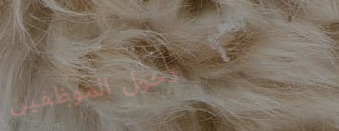
دخول الموظفين